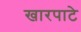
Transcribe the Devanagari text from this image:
खारपाटे